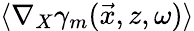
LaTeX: \langle\nabla_{X}\gamma_{m}(\vec{x},z,\omega)\rangle